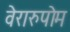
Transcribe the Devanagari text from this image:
वेरारुपोम